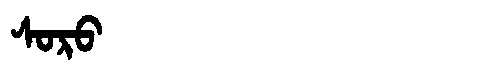
Manchu: ᠰᠣᡵᠣ
Romanization: SORO